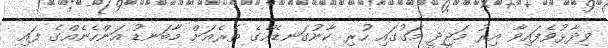
ވިދާޅުވެފައިވާ އިރު މަޖީދީ މަގުގައި ހުރި ކާނުގަނޑެއްގެ ތެރެއަށް މާބަނޑު އަންހެނެއްގެ ފައި